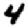
Digit: 4